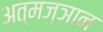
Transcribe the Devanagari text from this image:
अत्मज्ञान